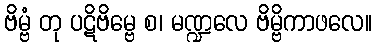
ဗိမ္ဗံ တု ပဋိဗိမ္ဗေ စ၊ မဏ္ဍလေ ဗိမ္ဗိကာဖလေ။